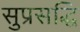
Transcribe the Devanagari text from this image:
सुप्रसद्धि